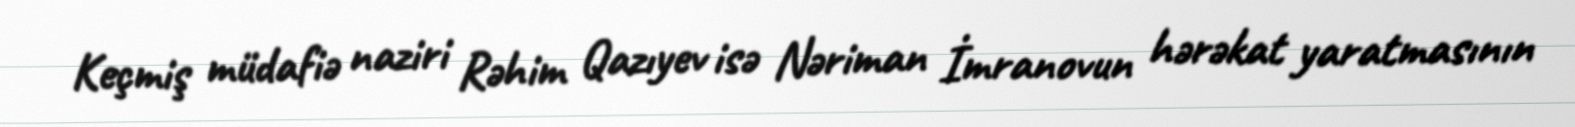
Keçmiş müdafiə naziri Rəhim Qazıyev isə Nəriman İmranovun hərəkat yaratmasının